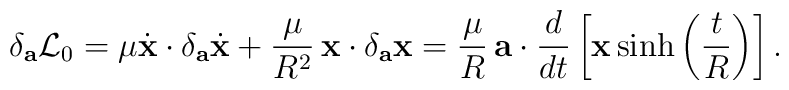
\delta_{\bf a}{\cal L}_{0}=\mu\dot{\bf x}\cdot\delta_{\bf a}\dot{\bf x}+\frac{\mu}{R^{2}}\,{\bf x}\cdot\delta_{\bf a}{\bf x}=\frac{\mu}{R}\,{\bf a}\cdot\frac{d}{dt}\left[{\bf x}\sinh\left(\frac{t}{R}\right)\right].